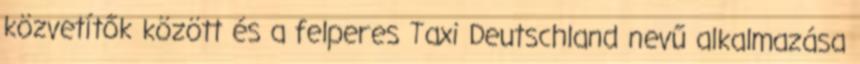
közvetítők között és a felperes Taxi Deutschland nevű alkalmazása